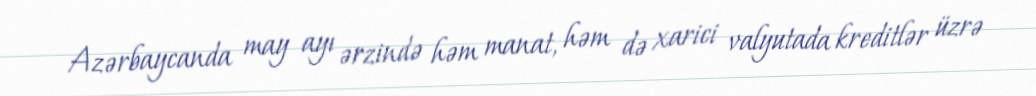
Azərbaycanda may ayı ərzində həm manat, həm də xarici valyutada kreditlər üzrə